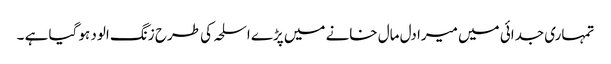
تمہاری جدائی میں میرا دل مال خانے میں پڑے اسلحہ کی طرح زنگ الود ہو گیا ہے ۔